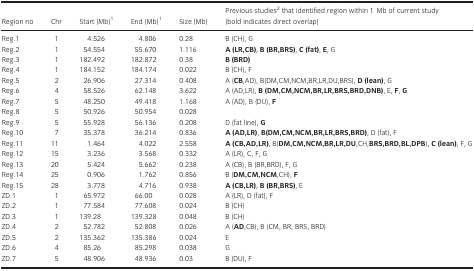
<table><thead><tr><td><b>Region no</b></td><td><b>Chr</b></td><td><b>Start (Mb)a</b></td><td><b>End (Mb)a</b></td><td><b>Size (Mb)</b></td><td><b>Previous studiesb that identified region within 1 Mb of current study (bold indicates direct overlap)</b></td></tr></thead><tbody><tr><td>Reg.1</td><td>1</td><td>4.526</td><td>4.806</td><td>0.28</td><td>B (CH), G</td></tr><tr><td>Reg.2</td><td>1</td><td>54.554</td><td>55.670</td><td>1.116</td><td><b>A (LR,CB)</b>,<b> B (BR,BRS)</b>,<b> C (fat)</b>,<b> E</b>, G</td></tr><tr><td>Reg.3</td><td>1</td><td>182.492</td><td>182.872</td><td>0.38</td><td><b>B (BRD)</b></td></tr><tr><td>Reg.4</td><td>1</td><td>184.152</td><td>184.174</td><td>0.022</td><td>B (CH), F</td></tr><tr><td>Reg.5</td><td>2</td><td>26.906</td><td>27.314</td><td>0.408</td><td>A (<b>CB</b>,AD), B(DM,CM,NCM,BR,LR,DU,BRS), <b>D (lean)</b>, G</td></tr><tr><td>Reg.6</td><td>4</td><td>58.526</td><td>62.148</td><td>3.622</td><td>A (AD,LR), <b>B (DM,CM,NCM,BR,LR,BRS,BRD,DNB)</b>, E, <b>F</b>,<b> G</b></td></tr><tr><td>Reg.7</td><td>5</td><td>48.250</td><td>49.418</td><td>1.168</td><td>A (AD), B (DU), <b>F</b></td></tr><tr><td>Reg.8</td><td>5</td><td>50.926</td><td>50.954</td><td>0.028</td><td></td></tr><tr><td>Reg.9</td><td>5</td><td>55.928</td><td>56.136</td><td>0.208</td><td>D (fat line), <b>G</b></td></tr><tr><td>Reg.10</td><td>7</td><td>35.378</td><td>36.214</td><td>0.836</td><td><b>A (AD,LR)</b>,<b> B(DM,CM,NCM,BR,LR,BRS,BRD)</b>, D (fat), F</td></tr><tr><td>Reg.11</td><td>11</td><td>1.464</td><td>4.022</td><td>2.558</td><td><b>A (CB,AD,LR)</b>, B(<b>DM,CM,NCM,BR,LR,DU</b>,CH,<b>BRS,BRD,BL,DPB</b>), <b>C (lean)</b>, F, G</td></tr><tr><td>Reg.12</td><td>15</td><td>3.236</td><td>3.568</td><td>0.332</td><td>A (LR), C, F, G</td></tr><tr><td>Reg.13</td><td>20</td><td>5.424</td><td>5.662</td><td>0.238</td><td>A (CB), B (BR,BRD), F, G</td></tr><tr><td>Reg.14</td><td>25</td><td>0.906</td><td>1.762</td><td>0.856</td><td>B (<b>DM,CM,NCM</b>,CH), <b>F</b></td></tr><tr><td>Reg.15</td><td>28</td><td>3.778</td><td>4.716</td><td>0.938</td><td><b>A (CB,LR)</b>,<b> B (BR,BRS)</b>, E</td></tr><tr><td>ZD.1</td><td>1</td><td>65.972</td><td>66.00</td><td>0.028</td><td>A (LR), D (fat), F</td></tr><tr><td>ZD.2</td><td>1</td><td>77.584</td><td>77.608</td><td>0.024</td><td>B (CH)</td></tr><tr><td>ZD.3</td><td>1</td><td>139.28</td><td>139.328</td><td>0.048</td><td>B (CH)</td></tr><tr><td>ZD.4</td><td>2</td><td>52.782</td><td>52.808</td><td>0.026</td><td>A (<b>AD</b>,CB), B (CM, BR, BRS, BRD)</td></tr><tr><td>ZD.5</td><td>2</td><td>135.362</td><td>135.386</td><td>0.024</td><td>E</td></tr><tr><td>ZD.6</td><td>4</td><td>85.26</td><td>85.298</td><td>0.038</td><td>G</td></tr><tr><td>ZD.7</td><td>5</td><td>48.906</td><td>48.936</td><td>0.03</td><td>B (DU), F</td></tr></tbody></table>